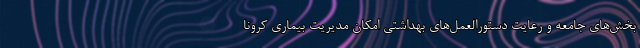
بخش‌های جامعه و رعایت دستورالعمل‌های بهداشتی امکان مدیریت بیماری کرونا